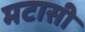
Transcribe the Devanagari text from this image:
मटासी